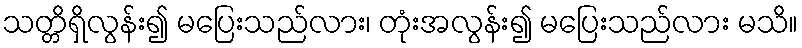
သတ္တိရှိလွန်း၍ မပြေးသည်လား၊ တုံးအလွန်း၍ မပြေးသည်လား မသိ။